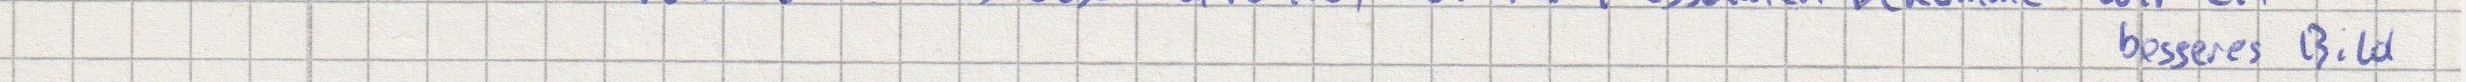
besseres Bild